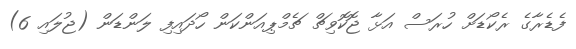
ފެޑެރާގެ ރެކޯޑަށް ހުރަސް އަޅާ ޖޮކޮވިޗް ޗެމްޕިއަންކަން ހޯދައިފި ލަންޑަން (ޖުލައި 6)